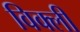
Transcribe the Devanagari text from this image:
विक्ली